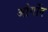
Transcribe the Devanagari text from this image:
ओर्गोन